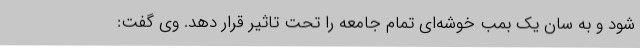
شود و به سان یک بمب خوشه‌ای تمام جامعه را تحت تاثیر قرار دهد. وی گفت: